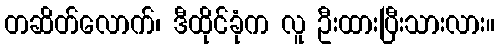
တဆိတ်လောက်၊ ဒီထိုင်ခုံက လူ ဦးထားပြီးသားလား။